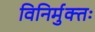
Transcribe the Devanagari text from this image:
विनिर्मुक्तः